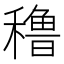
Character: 穞